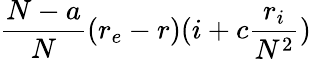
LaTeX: \frac{N-a}{N}(r_{e}-r)(i+c\frac{r_{i}}{N^{2}})